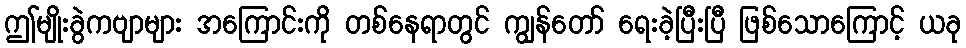
ဤမျိုးခွဲကဗျာများ အကြောင်းကို တစ်နေရာတွင် ကျွန်တော် ရေးခဲ့ပြီးပြီ ဖြစ်သောကြောင့် ယခု